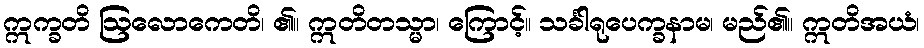
ဣက္ခတိ ဩလောကေတိ၊ ၏။ ဣတိတသ္မာ၊ ကြောင့်။ သင်္ခါရုပေက္ခနာမ၊ မည်၏။ ဣတိအယံ၊